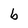
Character: b